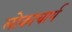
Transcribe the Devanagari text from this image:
लोकाचार्य